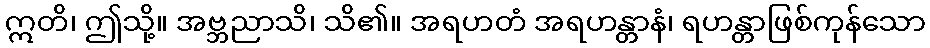
ဣတိ၊ ဤသို့။ အဗ္ဘညာသိ၊ သိ၏။ အရဟတံ အရဟန္တာနံ၊ ရဟန္တာဖြစ်ကုန်သော